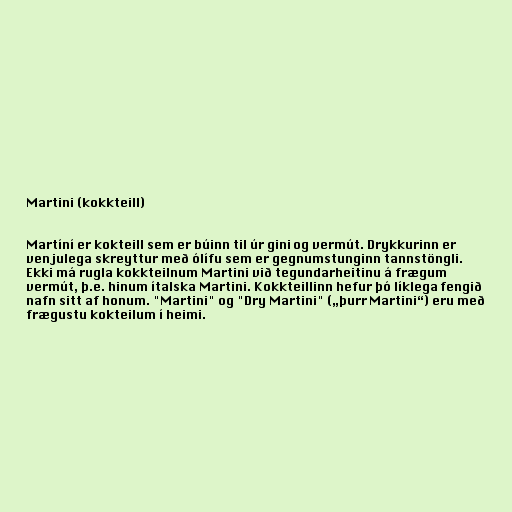
Martini (kokkteill)

Martíní er kokteill sem er búinn til úr gini og vermút. Drykkurinn er
venjulega skreyttur með ólífu sem er gegnumstunginn tannstöngli.
Ekki má rugla kokkteilnum Martini við tegundarheitinu á frægum
vermút, þ.e. hinum ítalska Martini. Kokkteillinn hefur þó líklega fengið
nafn sitt af honum. "Martini" og "Dry Martini" („þurr Martini“) eru með
frægustu kokteilum í heimi.